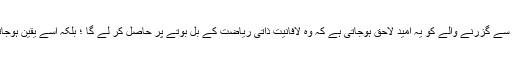
احساسِ لافانیت سے مراد یہ نہیں ہے کہ روحانی واردات سے گزرنے والے کو یہ امید لاحق ہوجاتی ہے کہ وہ لافانیت ذاتی ریاضت کے بل بوتے پر حاصل کر لے گا ؛ بلکہ اُسے یقین ہوجاتا ہے کہ وہ (خاصہ ہست رکھنے کے ناطے) لافانی ہے۔